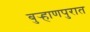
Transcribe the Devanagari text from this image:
बुर्‍हाणपुरात